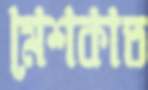
মেশকাত